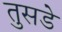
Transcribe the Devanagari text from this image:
तुसडे